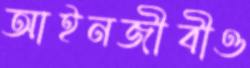
আইনজীবীও